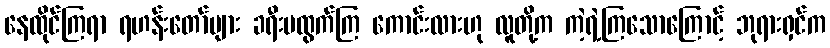
နေထိုင်ကြရာ ရဟန်းတော်များ ခရီးမထွက်ကြ ကောင်းလားဟု လူတို့က ကဲ့ရဲ့ကြသောကြောင့် ဘုရားရှင်က